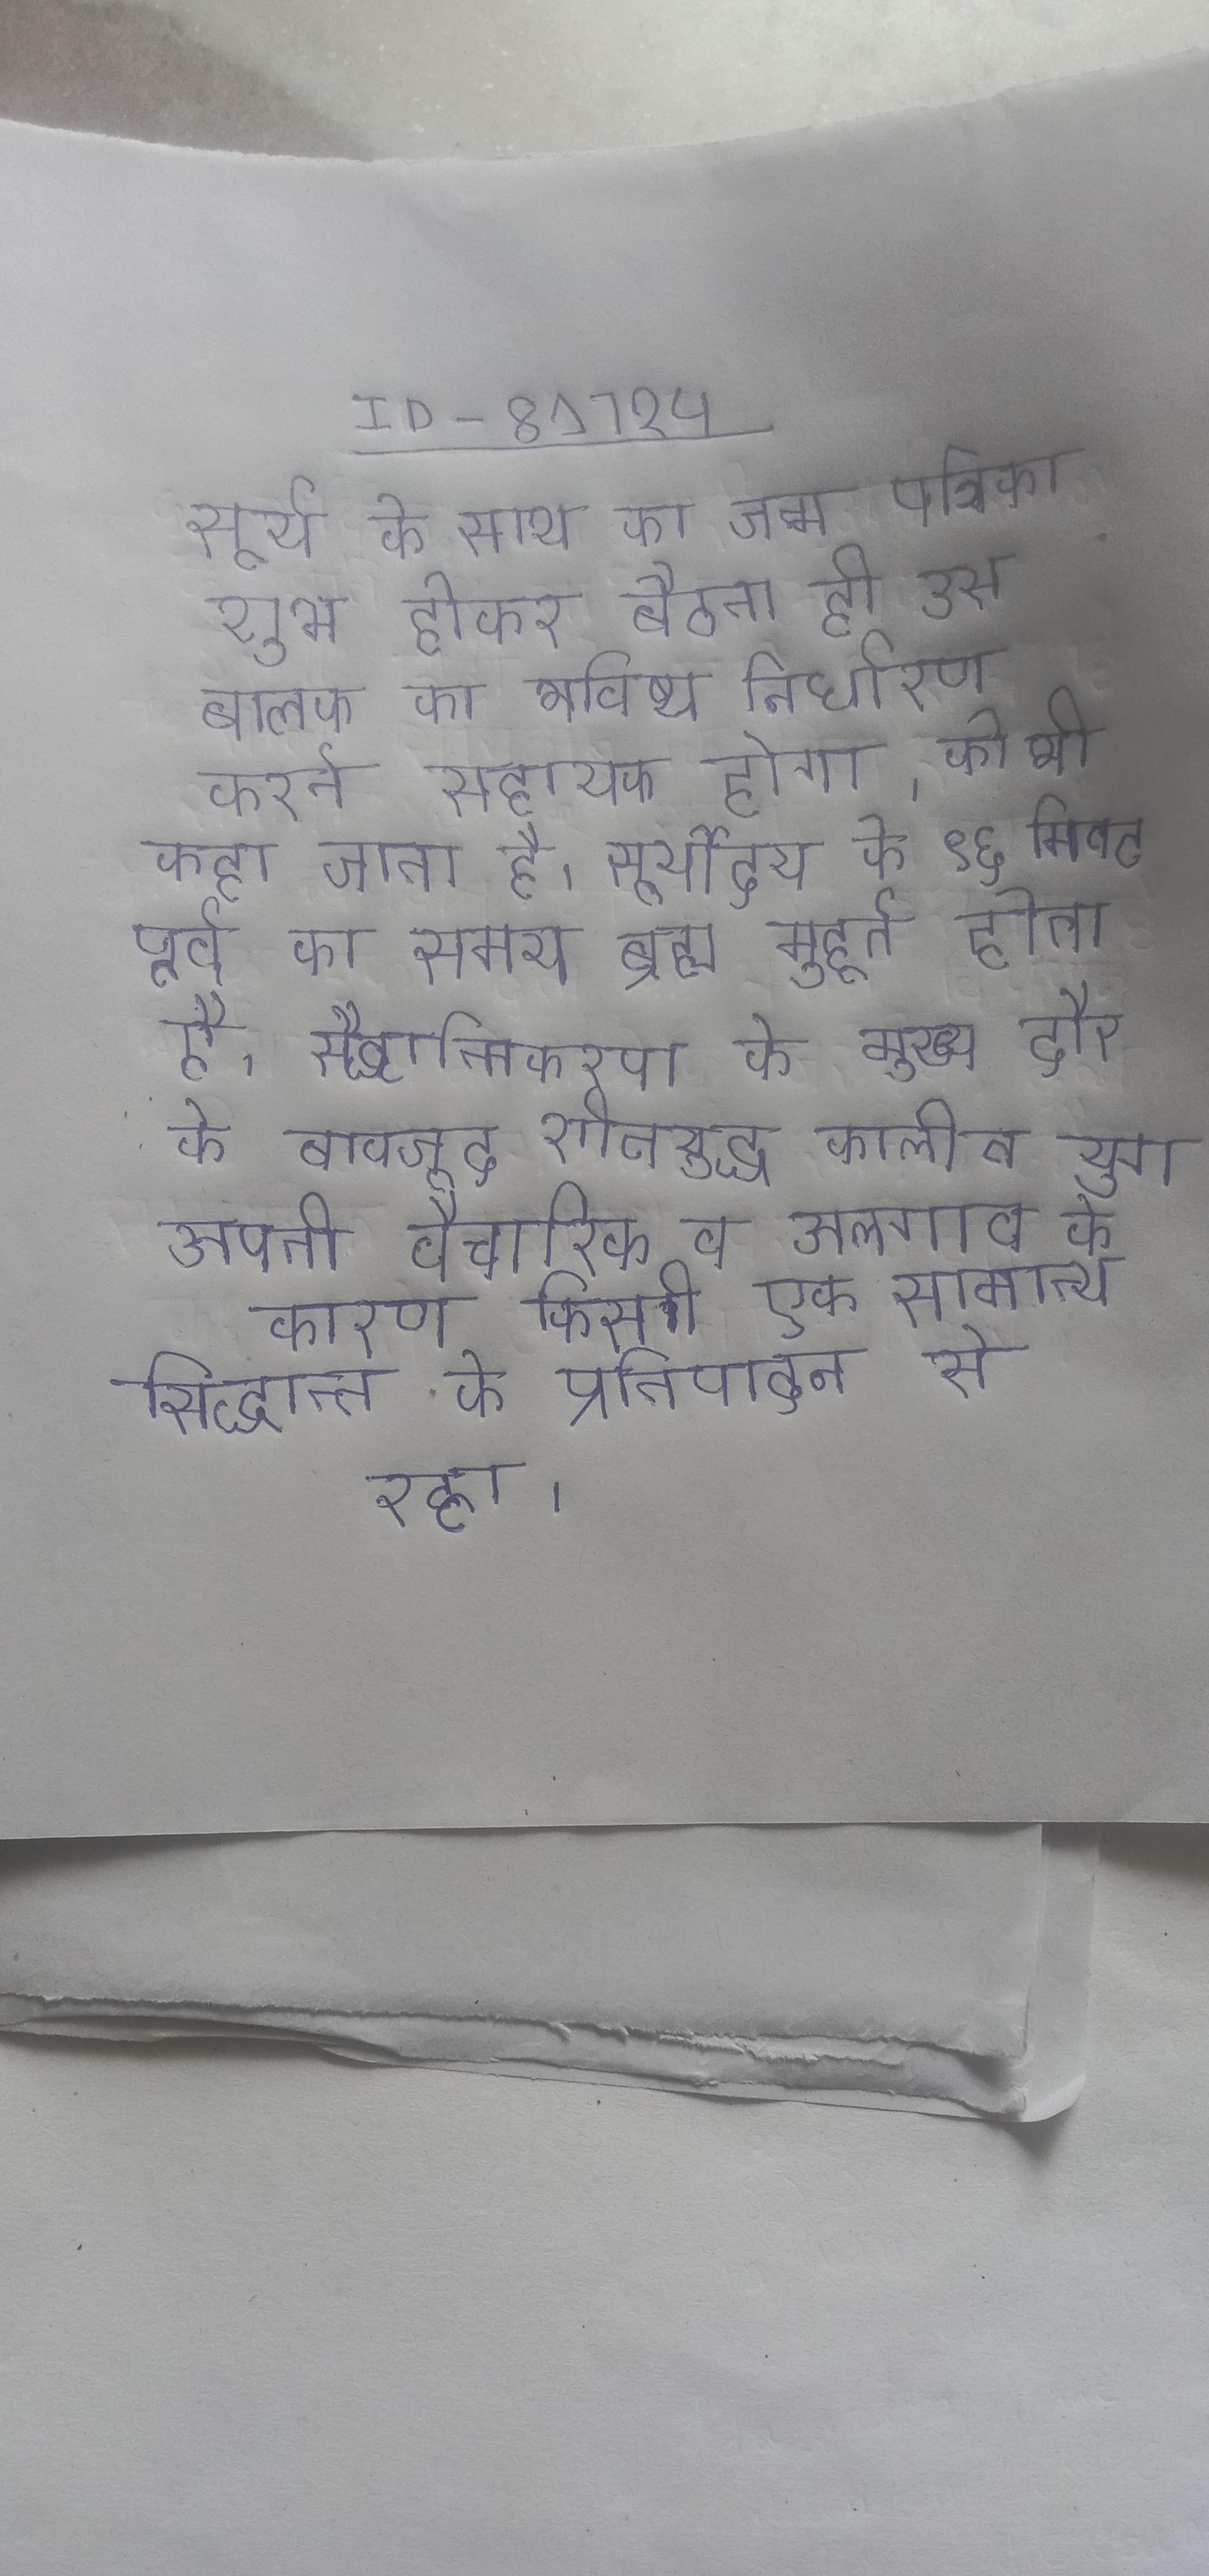
सूर्य के साथ का जन्म पत्रिका शुभ होकर बैठना ही उस बालक का भविष्य निर्धारण करने सहायक होगा । को भी कहा जाता है । सूर्योदय के ९६ मिनट पूर्व का समय ब्रह्म मुहूर्त होता है । सैद्धान्तिकरण के मुख्य दौर के बावजूद शीतयुद्ध कालीन युग अपनी वैचारिक व अलगाव के कारण किसी एक सामान्य सिद्धान्त के प्रतिपादन से रहा ।